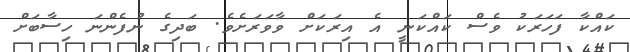
ކައްކާ ފަހަރަކު ވެސް ކައްކަނީ އެ އިރަކަށް ވާވަރަށެވެ. ބަދިގެ ނުފެންނަ ހިސާބަށް